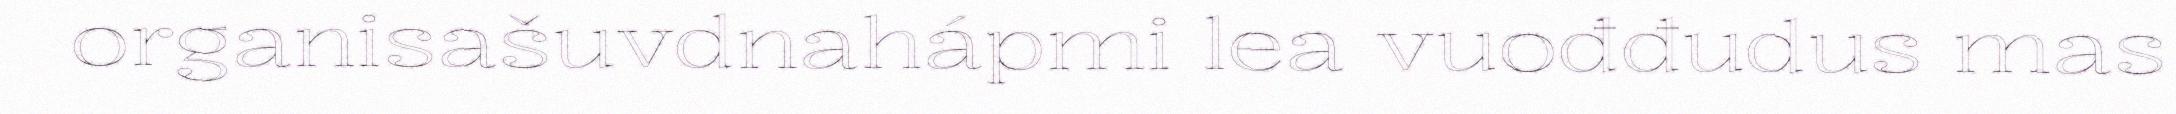
organisašuvdnahápmi lea vuođđudus mas